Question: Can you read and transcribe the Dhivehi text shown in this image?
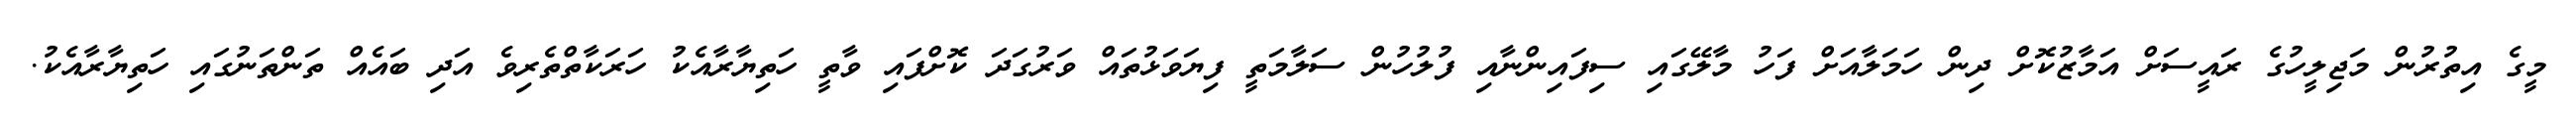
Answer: މީގެ އިތުރުން މަޖިލީހުގެ ރައީސަށް އަމާޒުކޮށް ދިން ހަމަލާއަށް ފަހު މާލޭގައި ސިފައިންނާއި ފުލުހުން ސަލާމަތީ ފިޔަވަޅުތައް ވަރުގަދަ ކޮށްފައި ވާތީ ހަތިޔާރާއެކު ހަރަކާތްތެރިވެ އަދި ބައެއް ތަންތަނުގައި ހަތިޔާރާއެކު.